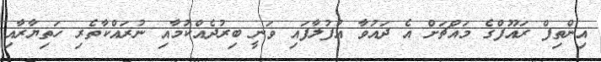
އިންތިފް ރައޫފްގެ މައްޗަށް އެ ދައުވާ އުފުލާފައި ވަނީ ބިރުދެއްކުމާއި ނުރައްކާތެރި ހަތިޔާރާއި